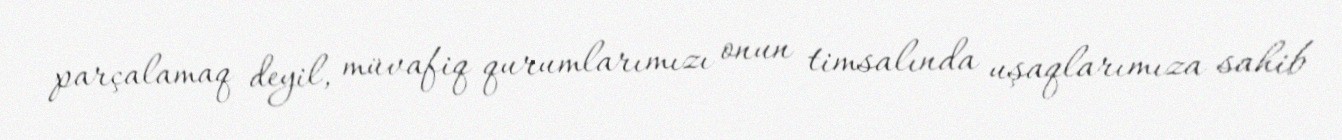
parçalamaq deyil, müvafiq qurumlarımızı onun timsalında uşaqlarımıza sahib